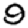
Digit: 9